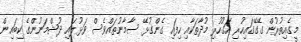
މީގެއިތުރުން ގޭގޭގައިހުރި އަގުހުރި މުދާތަކާއި ހިފައި ގެންގުޅޭ ސާމާނުތައްވެސް ވަޅުލައި ދުޝްމަނުންގެ ކިބައިން